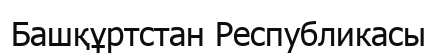
Башқұртстан Республикасы